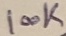
Text: 100K